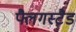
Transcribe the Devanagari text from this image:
फ्लैगस्टैड